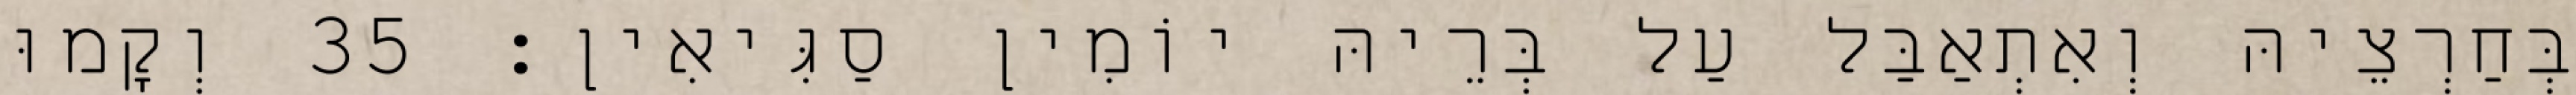
בְּחַרְצֵיהּ וְאִתְאַבַּל עַל בְּרֵיהּ יוֹמִין סַגִּיאִין׃ 35 וְקָמוּ